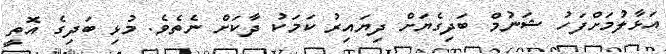
އަޅާލުމަށްފަހު ޝަނުމް ބަދިގެޔަށް ދިޔައިރު ކަމަކު ދާކަށް ނެތެވެ. މުޅި ބަދިގެ އޮތީ